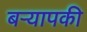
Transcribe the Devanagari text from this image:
बर्‍यापकी